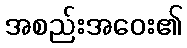
အစည်းအဝေး၏